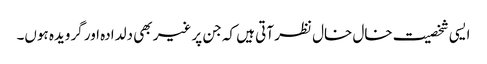
ایسی شخصیت خال خال نظر آتی ہیں کہ جن پر غیر بھی دلدادہ اور گرویدہ ہوں۔